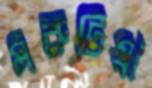
মরুটিয়া